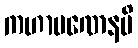
ကဟာပဏေနပိ